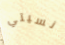
نسيتي